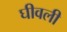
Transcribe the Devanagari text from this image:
घीवली